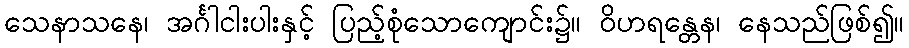
သေနာသနေ၊ အင်္ဂါငါးပါးနှင့် ပြည့်စုံသောကျောင်း၌။ ဝိဟရန္တေန၊ နေသည်ဖြစ်၍။